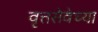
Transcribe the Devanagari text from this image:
वृत्तसेवेच्या